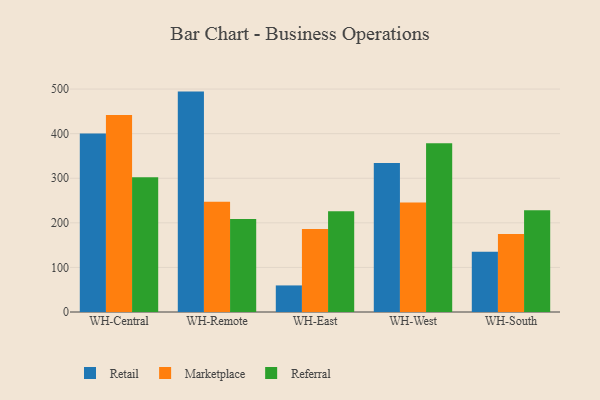
{"axis": {"x": "Warehouse", "y": "Operating Costs (USD K)"}, "legend": ["Marketplace", "Referral", "Retail"], "data": [{"x": "WH-Central", "y": 400.1, "type": "Retail"}, {"x": "WH-Central", "y": 441.7, "type": "Marketplace"}, {"x": "WH-Central", "y": 302.2, "type": "Referral"}, {"x": "WH-Remote", "y": 494.3, "type": "Retail"}, {"x": "WH-Remote", "y": 247.2, "type": "Marketplace"}, {"x": "WH-Remote", "y": 208.7, "type": "Referral"}, {"x": "WH-East", "y": 59.6, "type": "Retail"}, {"x": "WH-East", "y": 186.1, "type": "Marketplace"}, {"x": "WH-East", "y": 225.9, "type": "Referral"}, {"x": "WH-West", "y": 334.3, "type": "Retail"}, {"x": "WH-West", "y": 245.6, "type": "Marketplace"}, {"x": "WH-West", "y": 378.6, "type": "Referral"}, {"x": "WH-South", "y": 135.2, "type": "Retail"}, {"x": "WH-South", "y": 175.2, "type": "Marketplace"}, {"x": "WH-South", "y": 228.4, "type": "Referral"}]}